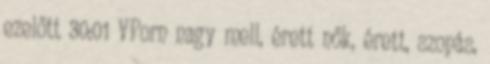
ezelőtt 30:01 VPorn nagy mell, érett nők, érett, szopás,